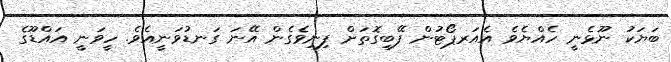
ބަޔަކު ނޫޅެނީ ހެއްޔެވެ އެއަރޕޯޓުން ފޭބިގޮތަށް ފިނިވެގެން އޭނަ ގަނޑުވަނީއެވެ. ހީވަނީ އައްޑޫގެ